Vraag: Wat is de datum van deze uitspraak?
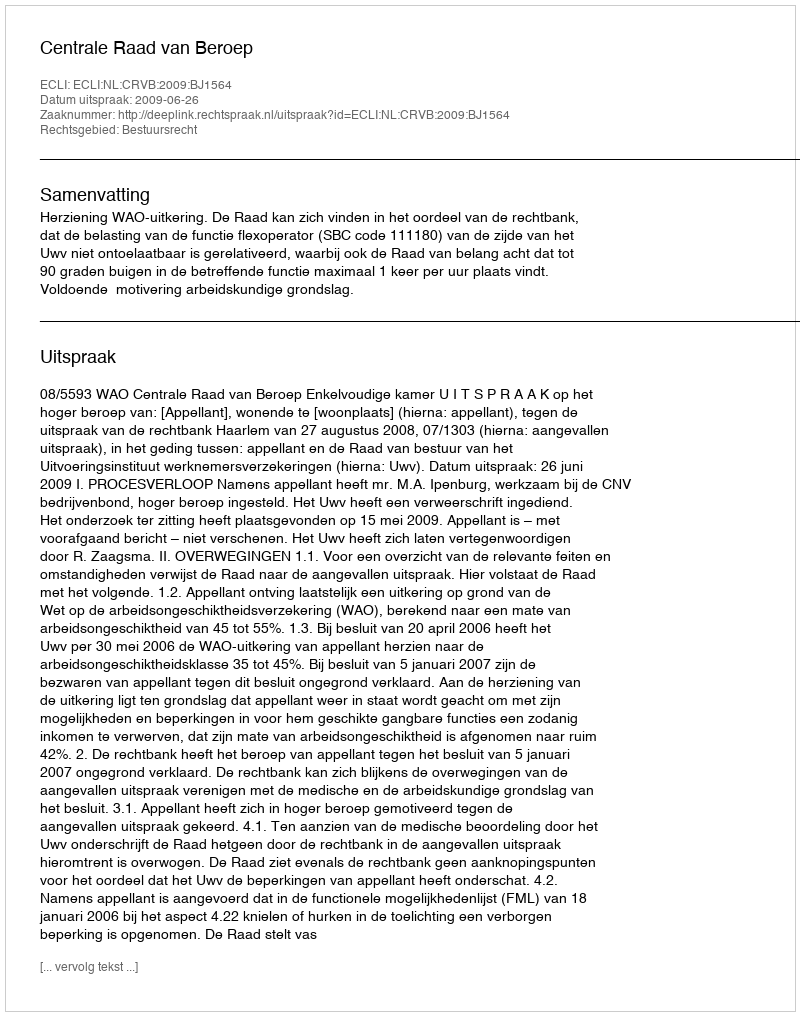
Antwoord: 2009-06-26